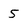
Character: 5